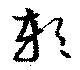
軟